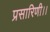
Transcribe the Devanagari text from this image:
प्रसारिणी।।